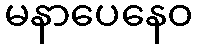
မနာပေနေဝ